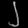
Digit: ၂